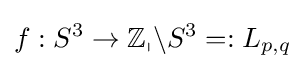
f:S^{3}\rightarrow \mathbb {Z_{p}} \backslash S^{3}=:L_{p,q}